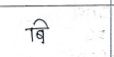
मजकूर: बि